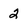
Character: 2